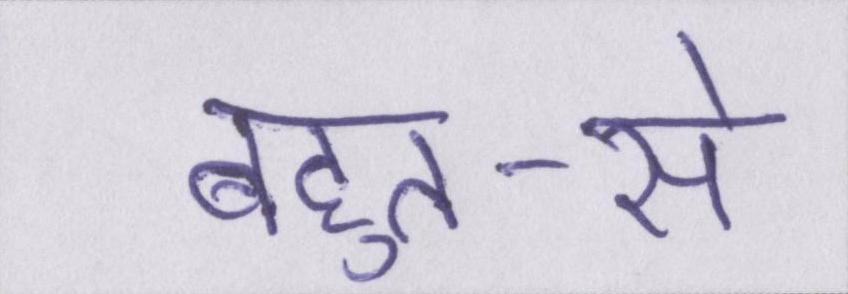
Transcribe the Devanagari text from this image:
बहुत-से